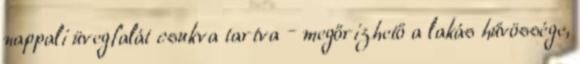
nappali üvegfalát csukva tartva – megőrizhető a lakás hűvössége,